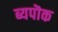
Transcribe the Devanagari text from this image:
ब्यपॊक